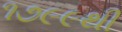
૧૭૯૯થી